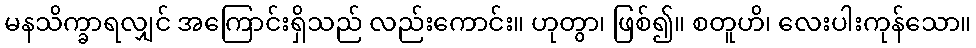
မနသိက္ခာရလျှင် အကြောင်းရှိသည် လည်းကောင်း။ ဟုတွာ၊ ဖြစ်၍။ စတူဟိ၊ လေးပါးကုန်သော။